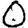
Digit: 0